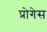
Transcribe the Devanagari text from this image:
प्रोगेस